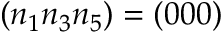
( n _ { 1 } n _ { 3 } n _ { 5 } ) = ( 0 0 0 )